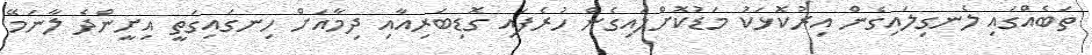
ތަބެއްގައި ލެނގިލައިގެން އިރުކޮޅަކު މަޑުކޮށްލައިގެން ހުރެފައި ގޮޑިބަރިއާއި ދިމާއަށް ހިނގައިގަތީ އިށީންދެ ލާނަމޭ